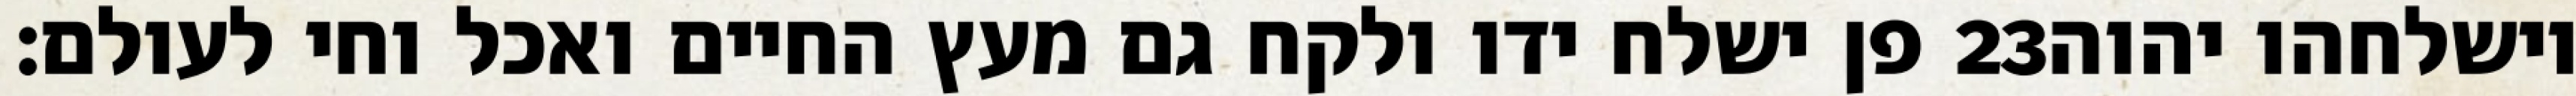
פן ישלח ידו ולקח גם מעץ החיים ואכל וחי לעולם׃ ‎23‏ וישלחהו יהוה